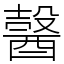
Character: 𨢋